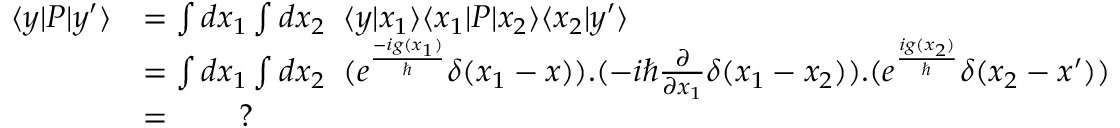
\begin{array} { r l } { \langle y | P | y ^ { \prime } \rangle } & { = \int d x _ { 1 } \int d x _ { 2 } \; \; \langle y | x _ { 1 } \rangle \langle x _ { 1 } | P | x _ { 2 } \rangle \langle x _ { 2 } | y ^ { \prime } \rangle } \\ & { = \int d x _ { 1 } \int d x _ { 2 } \; \; ( e ^ { \frac { - i g ( x _ { 1 } ) } { \hbar } } \delta ( x _ { 1 } - x ) ) . ( - i \hbar \frac { \partial } { \partial x _ { 1 } } \delta ( x _ { 1 } - x _ { 2 } ) ) . ( e ^ { \frac { i g ( x _ { 2 } ) } { \hbar } } \delta ( x _ { 2 } - x ^ { \prime } ) ) } \\ & { = \qquad ? } \end{array}